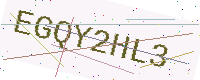
Text: EGQY2HL3